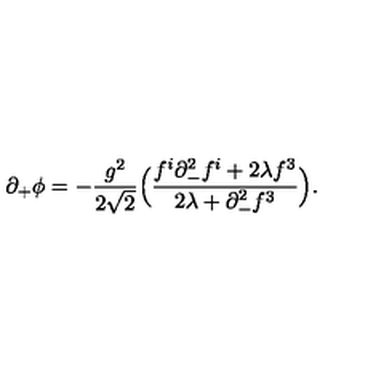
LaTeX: \partial _ { + } \phi = - { \frac { g ^ { 2 } } { 2 \sqrt { 2 } } } \Big ( { \frac { f ^ { i } \partial _ { - } ^ { 2 } f ^ { i } + 2 \lambda f ^ { 3 } } { 2 \lambda + \partial _ { - } ^ { 2 } f ^ { 3 } } } \Big ) .